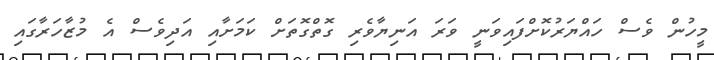
މީހުން ވެސް ހައްޔަރުކޮށްފައިވަނީ ވަރަ އަނިޔާވެރި ގޮތްގޮތަށް ކަމަށާއި އަދިވެސް އެ މުޒާހަރާގައި